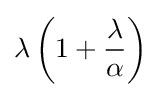
\lambda \left(1+{\frac {\lambda }{\alpha }}\right)